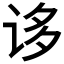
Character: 𰵥